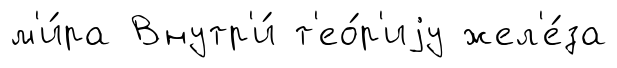
м'и́ра Внутр'и́ т'ео́р'иjу жел'е́за